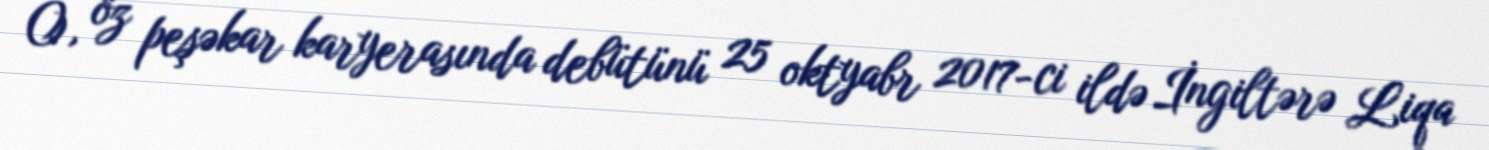
O, öz peşəkar karyerasında debütünü 25 oktyabr 2017-ci ildə İngiltərə Liqa